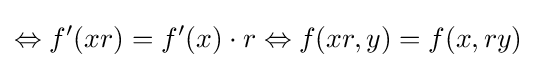
\Leftrightarrow f'(xr)=f'(x)\cdot r\Leftrightarrow f(xr,y)=f(x,ry)